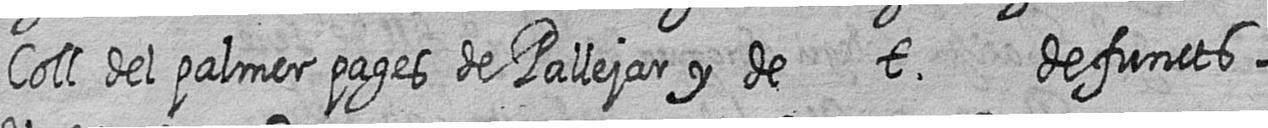
Coll del palmer pages de Pallejar y de t defuncts